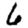
Digit: 6